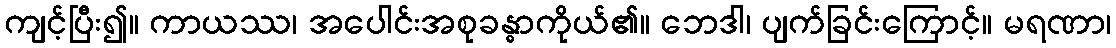
ကျင့်ပြီး၍။ ကာယဿ၊ အပေါင်းအစုခန္ဓာကိုယ်၏။ ဘေဒါ၊ ပျက်ခြင်းကြောင့်။ မရဏာ၊